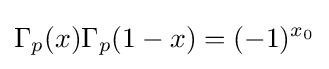
\Gamma _{p}(x)\Gamma _{p}(1-x)=(-1)^{x_{0}}